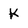
Character: K